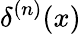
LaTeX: \delta^{(n)}(x)